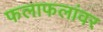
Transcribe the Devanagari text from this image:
फलाफलांवर